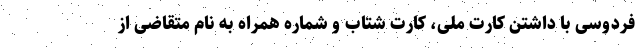
فردوسی با داشتن کارت ملی، کارت شتاب و شماره همراه به نام متقاضی از